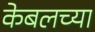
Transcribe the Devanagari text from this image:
केबलच्या